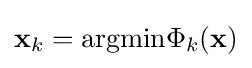
\mathbf {x} _{k}={\text{argmin}}\Phi _{k}(\mathbf {x} )